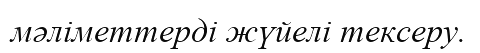
мәліметтерді жүйелі тексеру.